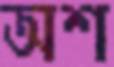
অশ